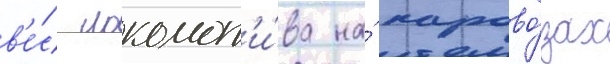
в'е́с локомот'и́ва на́ парово́зах